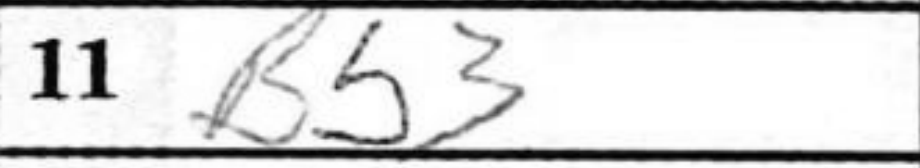
Transcription: Bb3